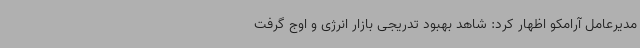
مدیرعامل آرامکو اظهار کرد: شاهد بهبود تدریجی بازار انرژی و اوج گرفت